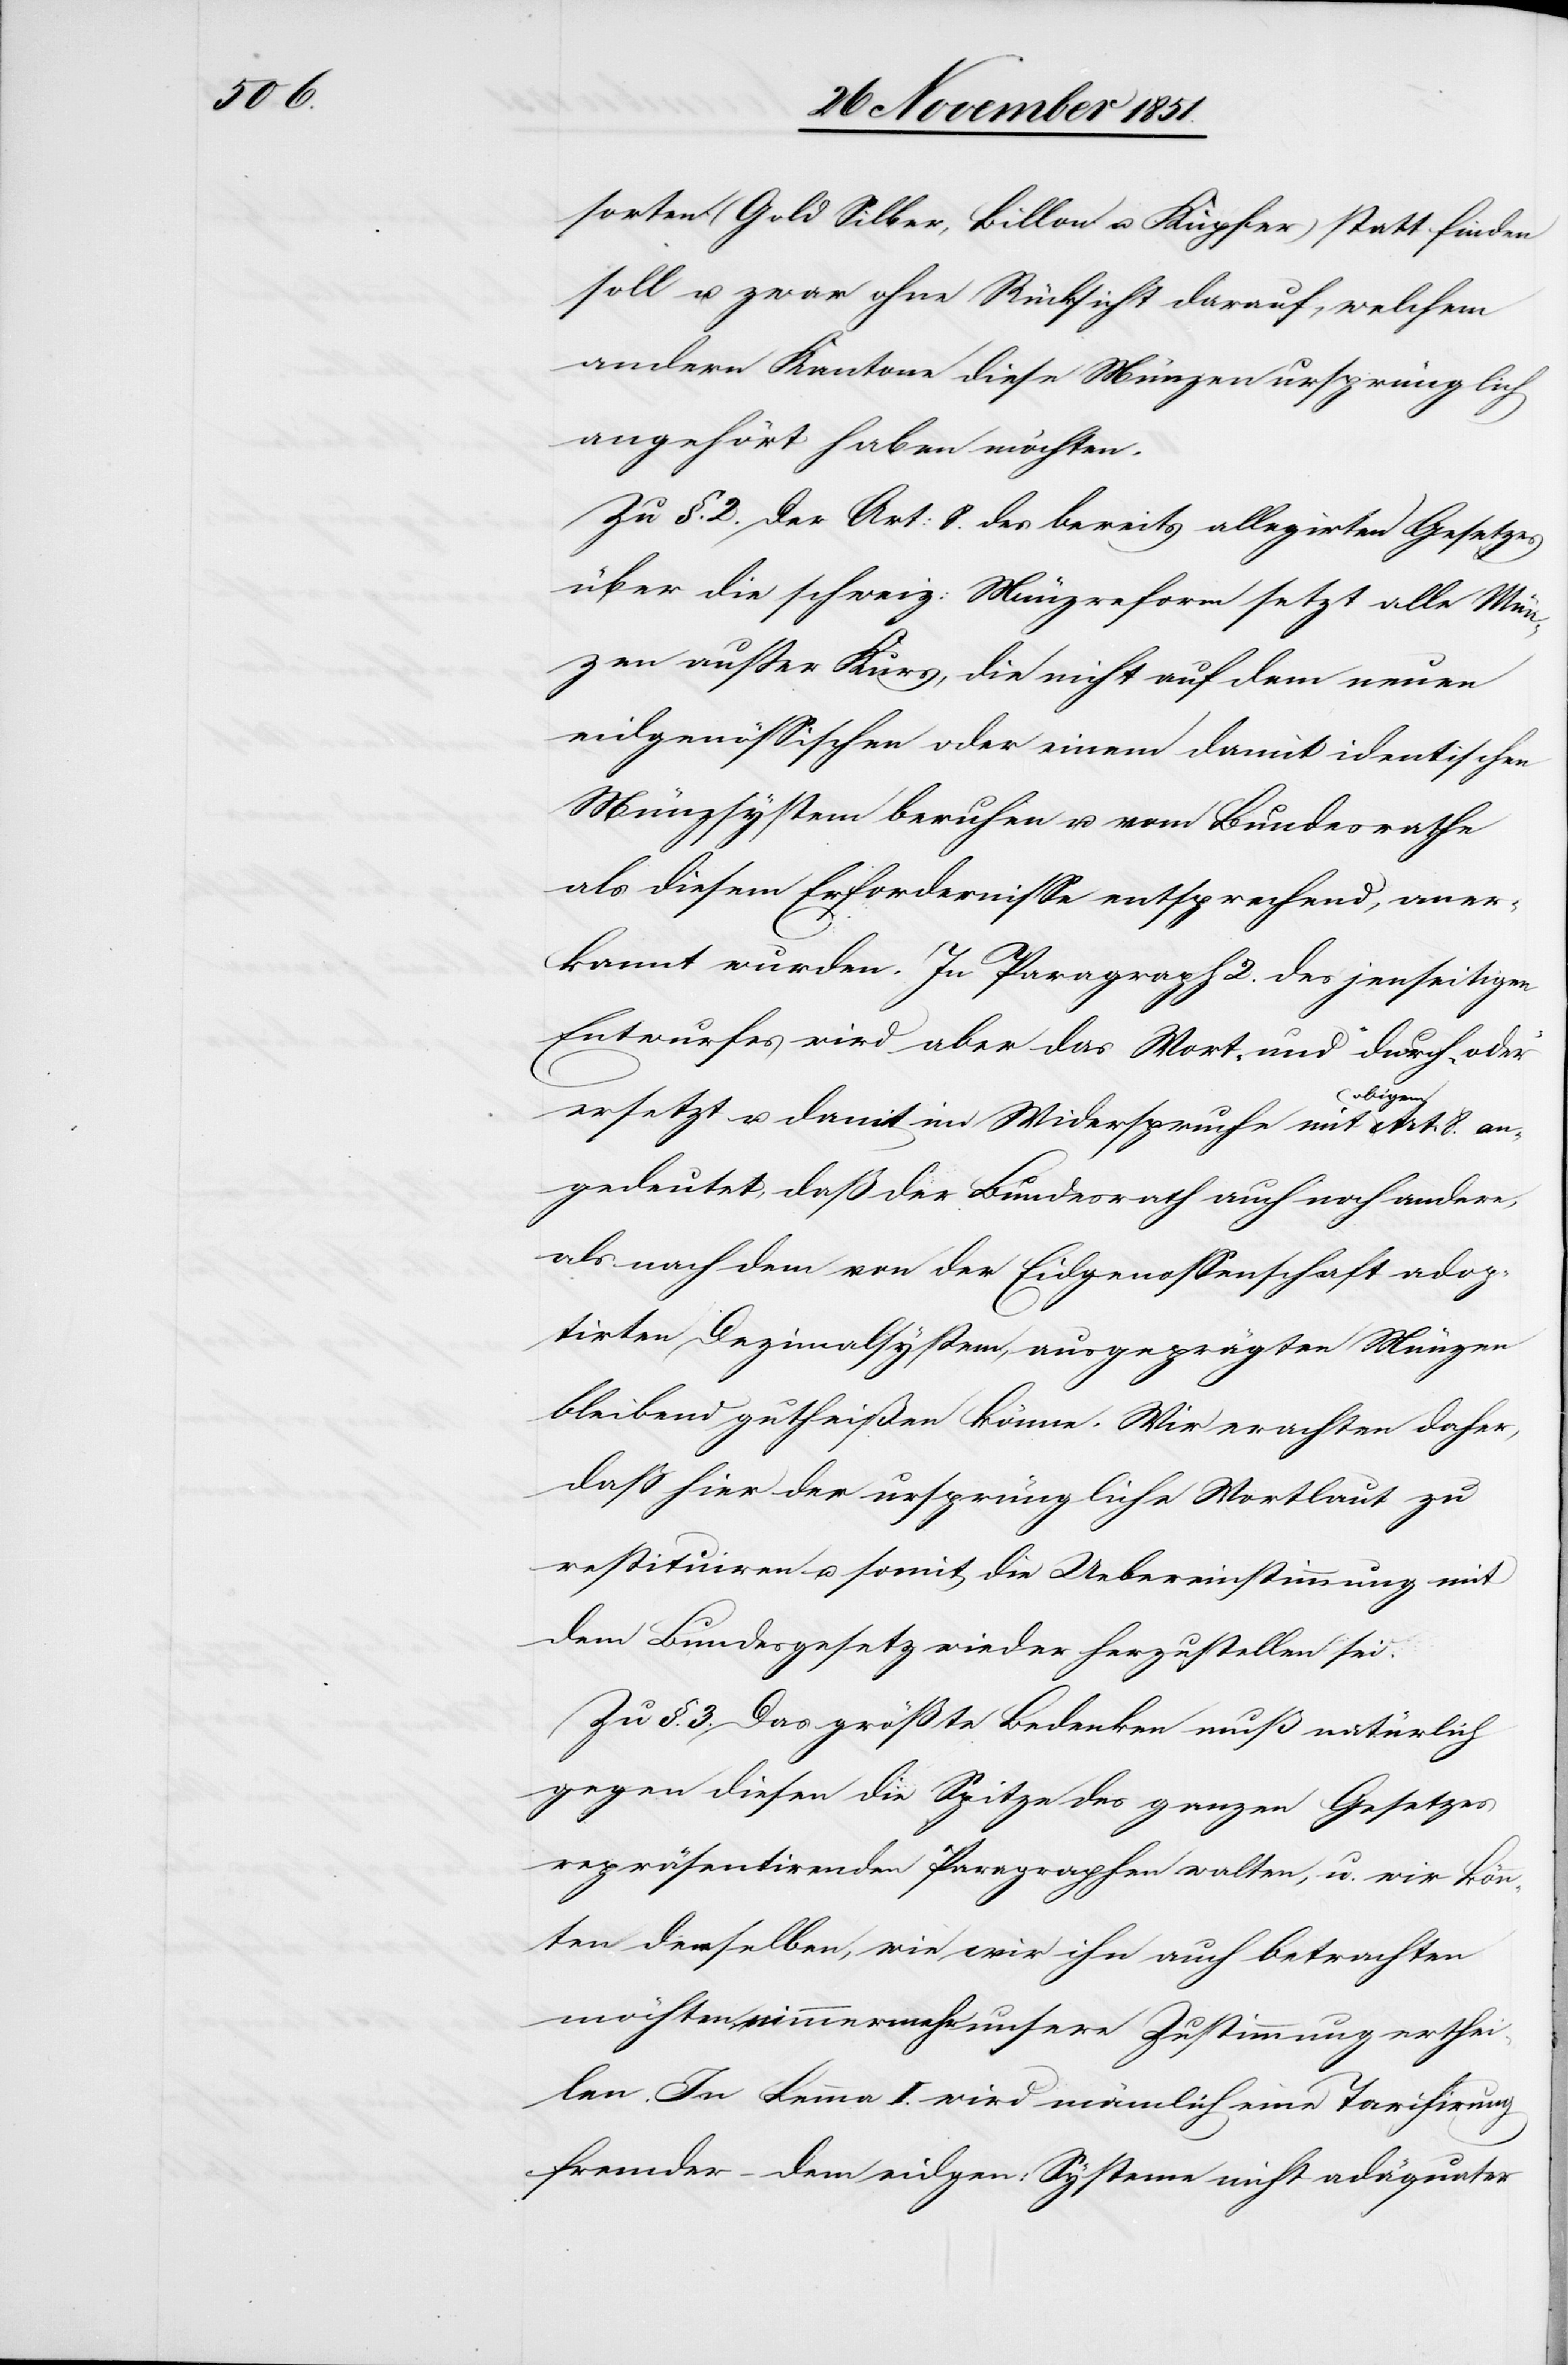
sorten (Gold[,] Silber, Billon u. Kupfer) statt finden
soll u. zwar ohne Rücksicht darauf, welchem
andern Kantone diese Münzen ursprünglich
angehört haben möchten.
Zu §. 2. Der Art: 8. des bereits allegirten Gesetzes
über die schweiz: Münzreform setzt alle Mün¬
zen außer Kurs, die nicht auf dem neuen
eidgenössischen oder einem damit identischen
Münzsystem beruhen u. vom Bundesrathe
als diesem Erfordernisse entsprechend, aner¬
kannt wurden. In Paragraph 2. des jenseitigen
Entwurfes wird aber das Wort „und“ durch „oder“
ersetzt u. damit im Widerspruche mit obigem Art: 8. an¬
gedeutet, daß der Bundesrath auch noch andere,
als nach dem von der Eidgenossenschaft adop¬
tirten Dezimalsystem, ausgeprägten Münzen
bleibend gutheißen könne. Wir erachten daher,
daß hier der ursprüngliche Wortlaut zu
restituiren u. somit die Uebereinstimmung mit
dem Bundesgesetz wieder herzustellen sei.
Zu §. 3. Das größte Bedenken muß natürlich
gegen diesen die Spitze des ganzen Gesetzes
repräsentirenden Paragraphen walten, u. wir kön¬
nten demselben, wie wir ihn auch betrachten
möchten, nimmermehr unsere Zustimmung erthei¬
len. In Lemma I. wird nämlich eine Tarifirung
fremder – dem eidgen: Systeme nicht adäquater